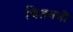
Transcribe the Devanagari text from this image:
चितवनी